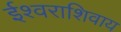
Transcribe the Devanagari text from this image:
ईश्वराशिवाय